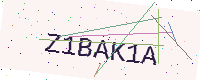
Text: Z1BAK1A